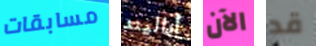
مسابقات أداليند الآن قد